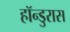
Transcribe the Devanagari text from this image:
हॉन्डुरास